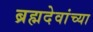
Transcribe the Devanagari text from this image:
ब्रह्मदेवांच्या